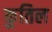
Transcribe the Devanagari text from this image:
कुतिल